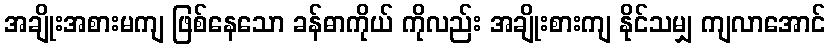
အချိုးအစားမကျ ဖြစ်နေသော ခန်ဓာကိုယ် ကိုလည်း အချိုးစားကျ နိုင်သမျှ ကျလာအောင်